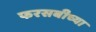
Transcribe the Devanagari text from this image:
फरसबीच्या